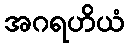
အဂရဟိယံ